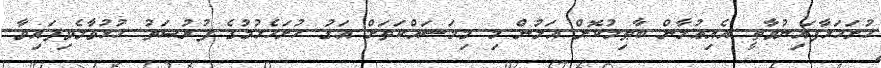
ހުށަހަޅާފައިނުވާތީ އެއިޢުލާން ބާޠިލުކޮށް އަލުން މި މިމަސައްކަތަށް އަގު ހުށަހެޅުމުގެ ފުރުޞަތު ހުޅުވާލެވިފައިވާ